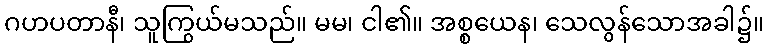
ဂဟပတာနီ၊ သူကြွယ်မသည်။ မမ၊ ငါ၏။ အစ္စယေန၊ သေလွန်သောအခါ၌။